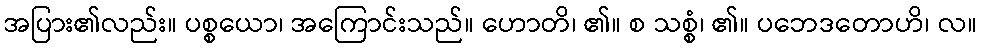
အပြား၏လည်း။ ပစ္စယော၊ အကြောင်းသည်။ ဟောတိ၊ ၏။ စ သစ္စံ၊ ၏။ ပဘေဒတောဟိ၊ လ။